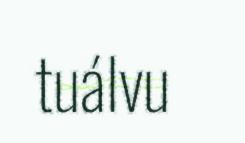
tuálvu